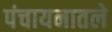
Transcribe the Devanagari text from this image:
पंचायनातले